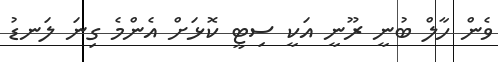
ވެން ހާލް ބުނީ ރޫނީ އަކީ ސިޓީ ކޮޅަށް އެންމެ ގިނަ ލަނޑު